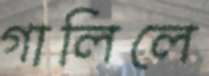
গালিলে